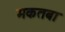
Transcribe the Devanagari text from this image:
मकतबा